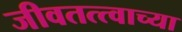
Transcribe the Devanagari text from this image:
जीवतत्त्वाच्या